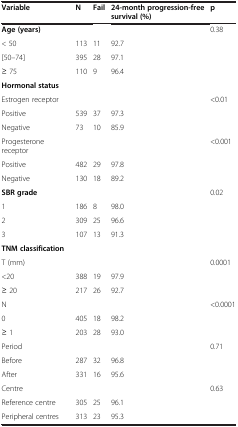
| Variable | N | Fail | 24-month progression-free survival (%) | p |
 | --- | --- | --- | --- | --- |
 | Age (years) |  |  |  | 0.38 |
 | < 50 | 113 | 11 | 92.7 |  |
 | [50–74] | 395 | 28 | 97.1 |  |
 | ≥ 75 | 110 | 9 | 96.4 |  |
 | Hormonal status |  |  |  |  |
 | Estrogen receptor |  |  |  | <0.01 |
 | Positive | 539 | 37 | 97.3 |  |
 | Negative | 73 | 10 | 85.9 |  |
 | Progesterone receptor |  |  |  | <0.001 |
 | Positive | 482 | 29 | 97.8 |  |
 | Negative | 130 | 18 | 89.2 |  |
 | SBR grade |  |  |  | 0.02 |
 | 1 | 186 | 8 | 98.0 |  |
 | 2 | 309 | 25 | 96.6 |  |
 | 3 | 107 | 13 | 91.3 |  |
 | TNM classification |  |  |  |  |
 | T (mm) |  |  |  | 0.0001 |
 | <20 | 388 | 19 | 97.9 |  |
 | ≥ 20 | 217 | 26 | 92.7 |  |
 | N |  |  |  | <0.0001 |
 | 0 | 405 | 18 | 98.2 |  |
 | ≥ 1 | 203 | 28 | 93.0 |  |
 | Period |  |  |  | 0.71 |
 | Before | 287 | 32 | 96.8 |  |
 | After | 331 | 16 | 95.6 |  |
 | Centre |  |  |  | 0.63 |
 | Reference centre | 305 | 25 | 96.1 |  |
 | Peripheral centres | 313 | 23 | 95.3 |  |